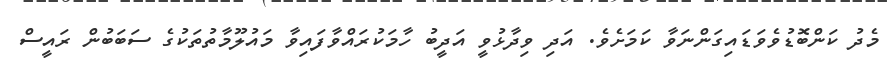
މެދު ކަންބޮޑުވެވަޑައިގަންނަވާ ކަމަށެވެ. އަދި ވިދާޅުވީ އަދީބު ހާމަކުރައްވާފައިވާ މައުލޫމާތުތަކުގެ ސަބަބުން ރައީސް